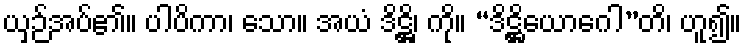
ယှဉ်အပ်၏။ ပါပိကာ၊ သော။ အယံ ဒိဋ္ဌိ၊ ကို။ “ဒိဋ္ဌိယောဂေါ”တိ၊ ဟူ၍။